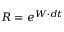
R = e ^ { W \cdot d t }